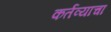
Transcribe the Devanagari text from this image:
कर्तव्याचा